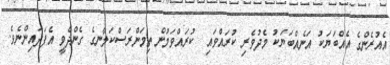
އެއުރެންގެ އެއްބަޔަކު އަނެއްބަޔަކު މެދުވެރި ކުރައްވައި  ކުރައްވަމުން ތިމަންރަސްކަލާނގެ ގެންދެވީ އެފަދައިންނެވެ.